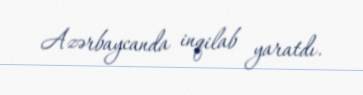
Azərbaycanda inqilab yaratdı.